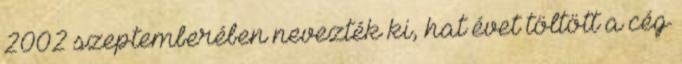
2002 szeptemberében nevezték ki, hat évet töltött a cég